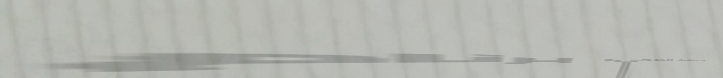
مركز العافية الصحي: برنام